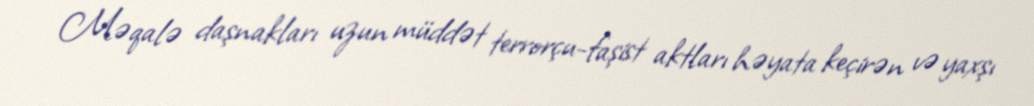
Məqalə daşnakları uzun müddət terrorçu-faşist aktları həyata keçirən və yaxşı